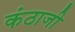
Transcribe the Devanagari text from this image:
कंठाजी